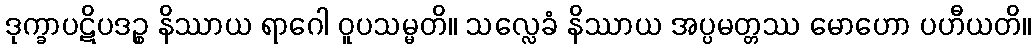
ဒုက္ခာပဋိပဒဉ္စ နိဿာယ ရာဂေါ ဝူပသမ္မတိ။ သလ္လေခံ နိဿာယ အပ္ပမတ္တဿ မောဟော ပဟီယတိ။